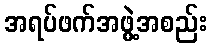
အရပ်ဖက်အဖွဲ့အစည်း